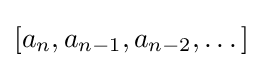
[a_{n},a_{n-1},a_{n-2},\dots ]